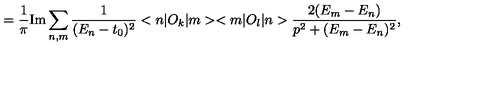
= \frac { 1 } { \pi } \mathrm { I m } \sum _ { n , m } \frac { 1 } { ( E _ { n } - t _ { 0 } ) ^ { 2 } } < n | O _ { k } | m > < m | O _ { l } | n > \frac { 2 ( E _ { m } - E _ { n } ) } { p ^ { 2 } + ( E _ { m } - E _ { n } ) ^ { 2 } } ,